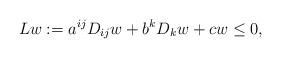
LaTeX: \begin{align*} Lw := a^{ij}D_{ij}w+b^kD_kw+cw \leq 0,\end{align*}